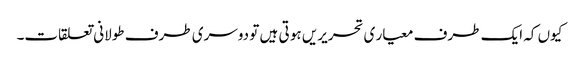
کیوں کہ ایک طرف معیار ی تحریریں ہو تی ہیں تو دوسری طرف طولانی تعلقات۔